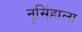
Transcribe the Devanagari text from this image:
नृसिंहाला